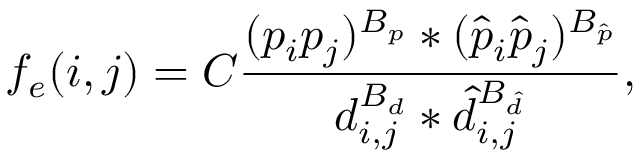
f _ { e } ( i , j ) = C \frac { ( p _ { i } p _ { j } ) ^ { B _ { p } } * ( \hat { p } _ { i } \hat { p } _ { j } ) ^ { B _ { \hat { p } } } } { d _ { i , j } ^ { B _ { d } } * \hat { d } _ { i , j } ^ { B _ { \hat { d } } } } ,